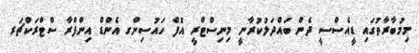
މިމުބާރާތުގައި ޑީއެސްސީ ދެން ބައްދަލުކުރާނީ މިނިސްޓްރީ އޮފް ހައުސިންގ އެންޑް އިންފްރާ ސްޓްރަކްޗަރ